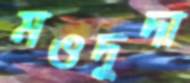
মওদুদা